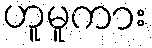
ဟူမူကား